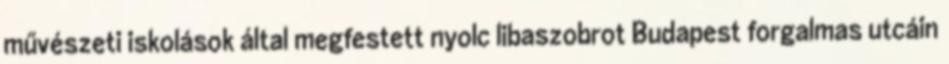
művészeti iskolások által megfestett nyolc libaszobrot Budapest forgalmas utcáin